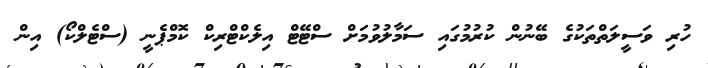
ހުރި ވަސީލަތްތަކުގެ ބޭނުން ކުރުމުގައި ސަމާލުވުމަށް ސްޓޭޓް އިލެކްޓްރިކް ކޮމްޕެނީ (ސްޓެލްކޯ) އިން